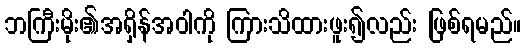
ဘကြီးမိုး၏အရှိန်အဝါကို ကြားသိထားဖူး၍လည်း ဖြစ်ရမည်။